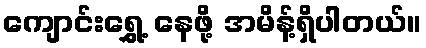
ကျောင်းရွှေ့ နေဖို့ အမိန့်ရှိပါတယ်။